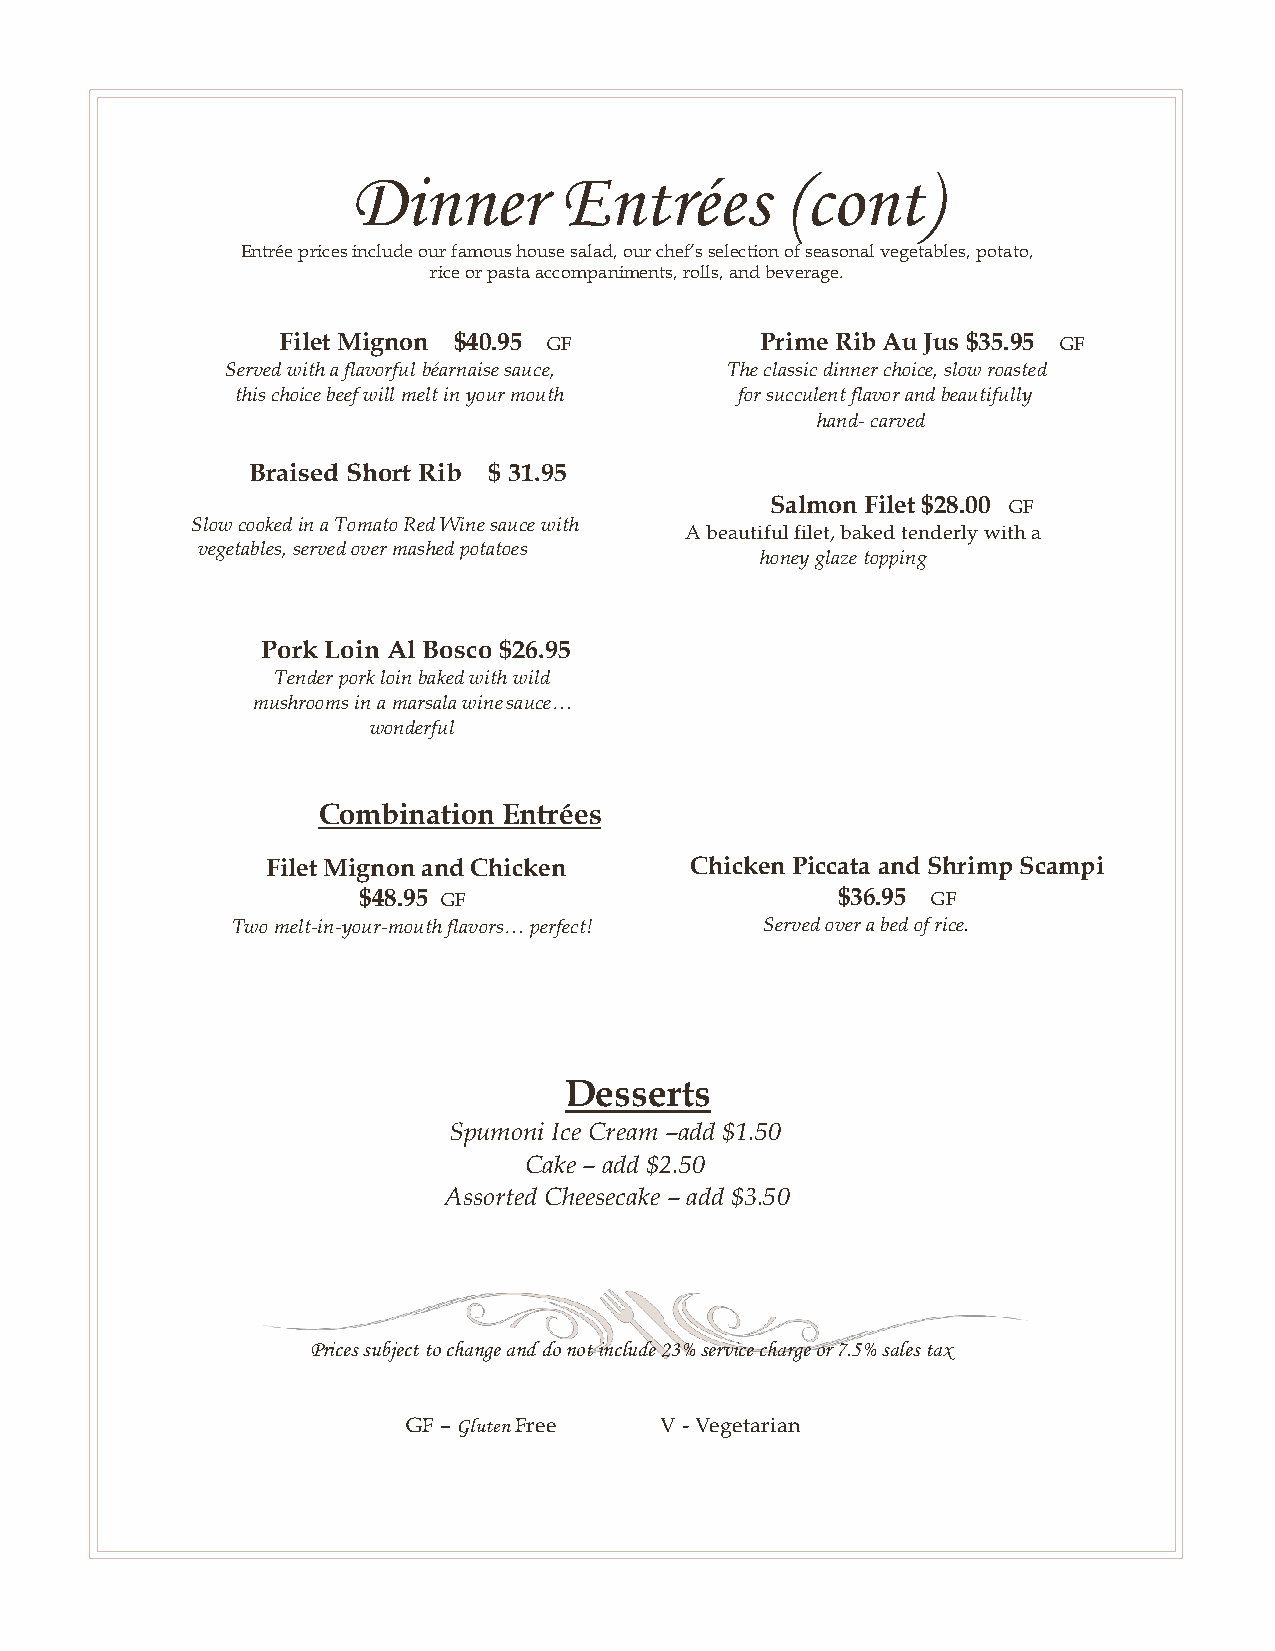
Dinner        Entrées        (cont)
 Entrée prices include our famous house salad, our chef’s selection of seasonal vegetables, potato,
 rice or pasta accompaniments, rolls, and beverage.
 Filet Mignon $40.95 GF          Prime Rib Au Jus $35.95 GF
 Served with a flavorful béarnaise sauce, The classic dinner choice, slow roasted
 this choice beef will melt in your mouth for succulent flavor and beautifully
 hand- carved
 Braised Short Rib $ 31.95
 Salmon Filet $28.00 GF
 Slow cooked in a Tomato Red Wine sauce with
 A beautiful filet, baked tenderly with a
 vegetables, served over mashed potatoes
 honey glaze topping
 Pork Loin Al Bosco $26.95
 Tender pork loin baked with wild
 mushrooms in a marsala wine sauce…
 wonderful
 Combination Entrées
 Filet Mignon and Chicken    Chicken Piccata and Shrimp Scampi
 $48.95 GF                      $36.95 GF
 Two melt-in-your-mouth flavors… perfect! Served over a bed of rice.
 Desserts
 Spumoni Ice Cream –add $1.50
 Cake – add $2.50
 Assorted Cheesecake – add $3.50
 Prices subject to change and do not include 23% service charge or 7.5% sales tax
 GF – Gluten Free V - Vegetarian